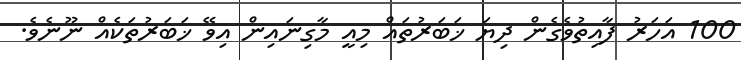
100 އަހަރު ފާއިތުވެގެން ދިޔަ ޚަބަރުތައް މިއީ މާގިނައިން އިވޭ ޚަބަރުތަކެއް ނޫނެވެ.